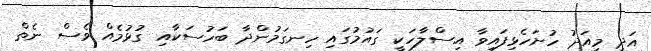
އަދި މިއަދު ހުށަހެޅިފައިވާ އިސްލާހަކީ ގައުމުގައި ހިނގަމުންދާ ބަހުސަކާއި ގުޅުމެއް ވެސް ނެތް